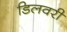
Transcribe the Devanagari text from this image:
डिलवरी